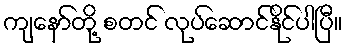
ကျနော်တို့ စတင် လုပ်ဆောင်နိုင်ပါပြီ။